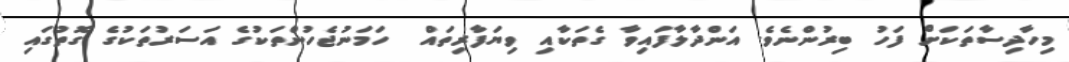
މިހާދިސާތަަކަށް ފަހު ބިރުންނެވެ. އަންދާލާފައިވާ ގެތަކާއި ވިޔަފާރިތައް  ހަމަނުޖެހުންތަކުގެ އަސަރުތަކުގެ ގޮތުގައި